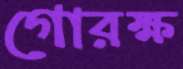
গোরক্ষ